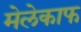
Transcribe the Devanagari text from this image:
मेलेकाफ